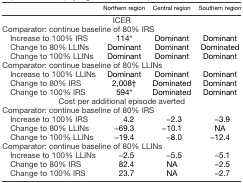
|  | Northern region | Central region | Southern region |
 | <COLSPAN=4> ICER |
 | --- | --- | --- | --- |
 | <COLSPAN=4> Comparator: continue baseline of 80% IRS |
 | Increase to 100% IRS | 114* | Dominant | Dominant |
 | Change to 80% LLINs | Dominant | Dominant | Dominated |
 | Change to 100% LLINs | Dominant | Dominant | Dominant |
 | <COLSPAN=4> Comparator: continue baseline of 80% LLINs |
 | Increase to 100% LLINs | Dominant | Dominant | Dominant |
 | Change to 80% IRS | 2,008† | Dominated | Dominant |
 | Change to 100% IRS | 594* | Dominated | Dominant |
 | <COLSPAN=4> Cost per additional episode averted |
 | <COLSPAN=4> Comparator: continue baseline of 80% IRS |
 | Increase to 100% IRS | 4.2 | −2.3 | −3.9 |
 | Change to 80% LLINs | −69.3 | −10.1 | NA |
 | Change to 100% LLINs | −19.4 | −8.0 | −12.4 |
 | <COLSPAN=4> Comparator: continue baseline of 80% LLINs |
 | Increase to 100% LLINs | −2.5 | −5.5 | −5.1 |
 | Change to 80% IRS | 82.4 | NA | −2.5 |
 | Change to 100% IRS | 23.7 | NA | −2.7 |